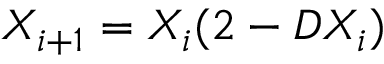
X _ { i + 1 } = X _ { i } ( 2 - D X _ { i } )